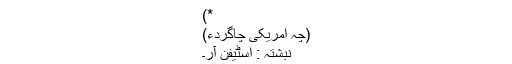
*)
(چہ امریکی چاگردءَ)
نبشتہ : اسٹیفن آر۔